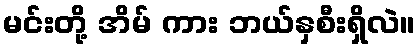
မင်းတို့ အိမ် ကား ဘယ်နှစီးရှိလဲ။